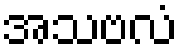
အသဗလံ